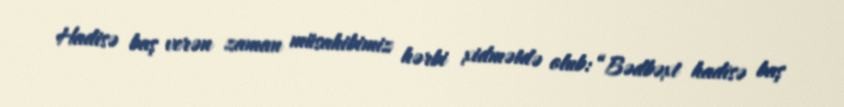
Hadisə baş verən zaman müsahibimiz hərbi xidmətdə olub: “Bədbəxt hadisə baş